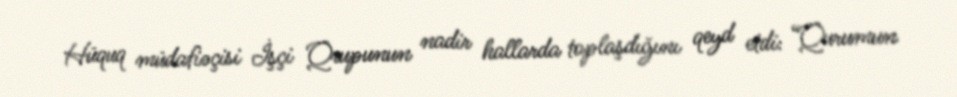
Hüquq müdafiəçisi İşçi Qrupunun nadir hallarda toplaşdığını qeyd etdi: “Qurumun